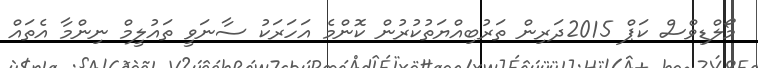
މޯލްޑިވްސް ކަޕް 2015ދަރިން ތަރުބިއްޔަތުކުރުން ކޮންމެ އަހަރަކު ސާނަވީ ތައުލީމް ނިންމާ އެތައް